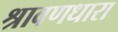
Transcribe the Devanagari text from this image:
श्रावणधारा